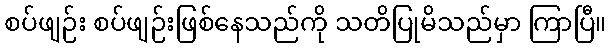
စပ်ဖျဉ်း စပ်ဖျဉ်းဖြစ်နေသည်ကို သတိပြုမိသည်မှာ ကြာပြီ။